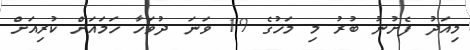
މިއަދު ފެށުނު ބުރު މި މަހުގެ 19 ވަނަ ދުވަހާ ހަމައަށް ކުރިއަށް